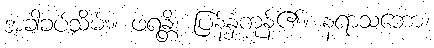
အခါခပ်သိမ်း။ ဖရန္တိ၊ ပြန့်နှံ့ကုန်၏။ နရာသဘော၊